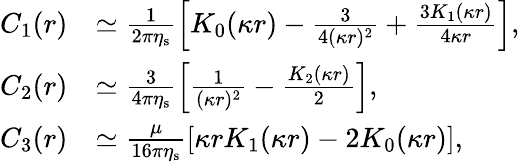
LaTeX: \begin{array}{rl}{C_{1}(r)}&{\simeq\frac{1}{2\pi\eta_{\mathrm{s}}}\left[K_{0}(\kappa r)-\frac{3}{4(\kappa r)^{2}}+\frac{3K_{1}(\kappa r)}{4\kappa r}\right],}\\ {C_{2}(r)}&{\simeq\frac{3}{4\pi\eta_{\mathrm{s}}}\left[\frac{1}{(\kappa r)^{2}}-\frac{K_{2}(\kappa r)}{2}\right],}\\ {C_{3}(r)}&{\simeq\frac{\mu}{16\pi\eta_{\mathrm{s}}}\left[\kappa rK_{1}(\kappa r)-2K_{0}(\kappa r)\right],}\end{array}